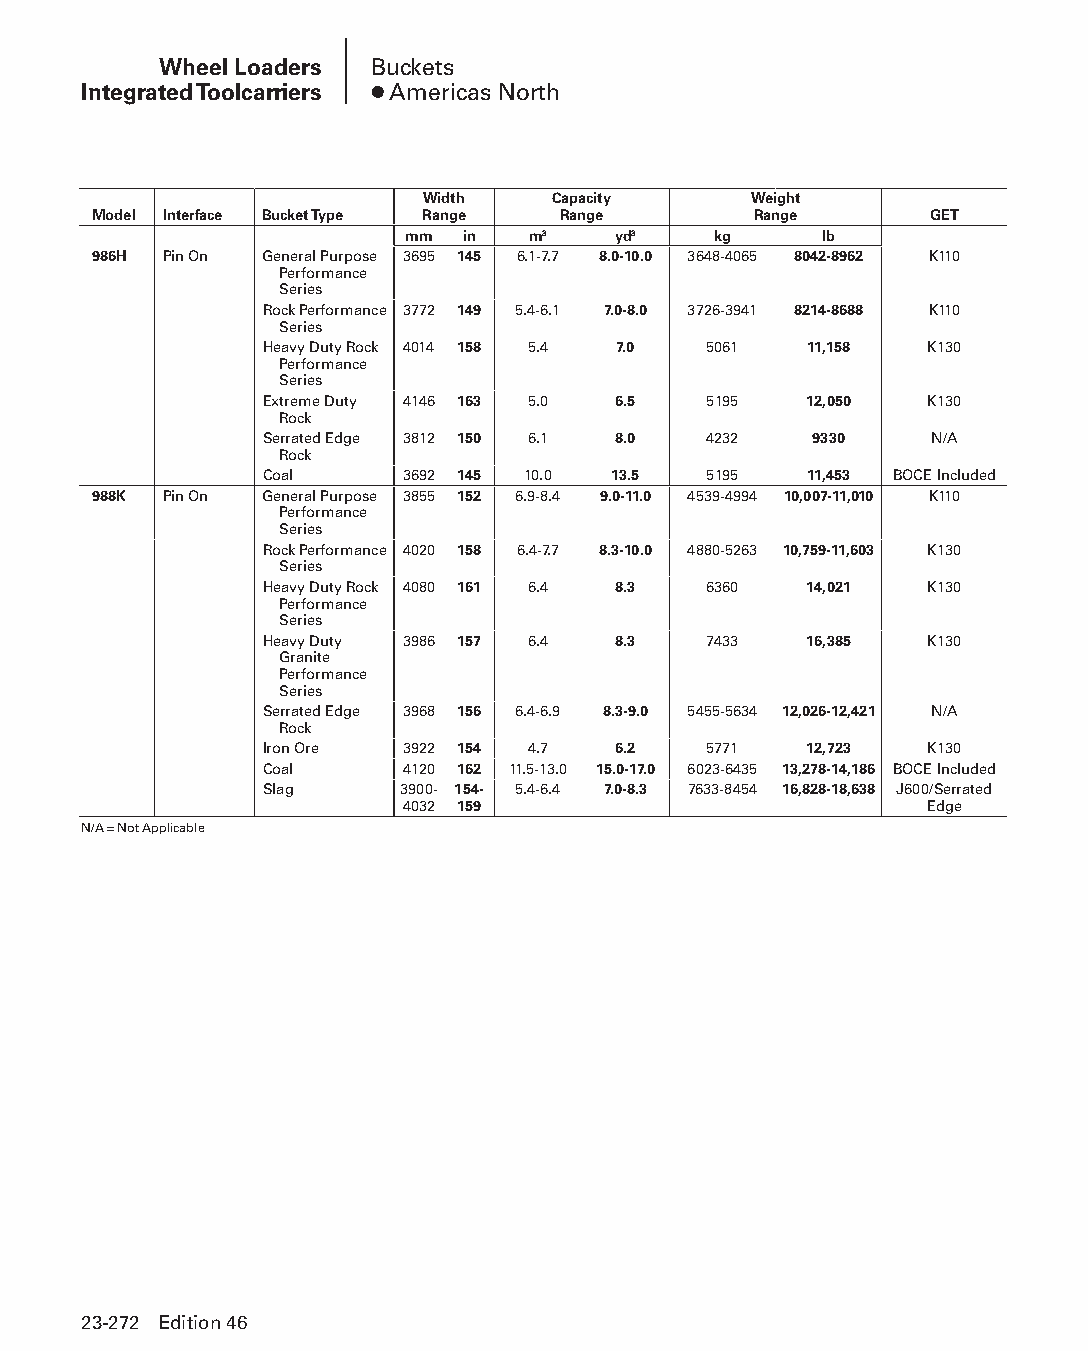
Wheel Loaders Buckets
 Integrated Toolcarriers ● Americas North
 Width    Capacity     Weight
 Model Interface Bucket Type Range Range     Range       GET
 mm  in  m3    yd3    kg     lb
 986H Pin On General Purpose 3695 145 6.1-7.7 8.0-10.0 3648-4065 8042-8962 K110
 Performance
 Series
 Rock Performance 3772 149 5.4-6.1 7.0-8.0 3726-3941 8214-8688 K110
 Series
 Heavy Duty Rock 4014 158 5.4 7.0 5061 11,158 K130
 Performance
 Series
 Extreme Duty 4146 163 5.0 6.5 5195  12,050  K130
 Rock
 Serrated Edge 3812 150 6.1 8.0 4232 9330    N/A
 Rock
 Coal     3692 145 10.0 13.5  5195   11,453 BOCE Included
 988K Pin On General Purpose 3855 152 6.9-8.4 9.0-11.0 4539-4994 10,007-11,010 K110
 Performance
 Series
 Rock Performance 4020 158 6.4-7.7 8.3-10.0 4880-5263 10,759-11,603 K130
 Series
 Heavy Duty Rock 4080 161 6.4 8.3 6360 14,021 K130
 Performance
 Series
 Heavy Duty 3986 157 6.4 8.3  7433   16,385  K130
 Granite
 Performance
 Series
 Serrated Edge 3968 156 6.4-6.9 8.3-9.0 5455-5634 12,026-12,421 N/A
 Rock
 Iron Ore 3922 154 4.7  6.2   5771   12,723  K130
 Coal     4120 162 11.5-13.0 15.0-17.0 6023-6435 13,278-14,186 BOCE Included
 Slag     3900- 154- 5.4-6.4 7.0-8.3 7633-8454 16,828-18,638 J600/Serrated
 4032 159                           Edge
 N/A = Not Applicable
 23-272 Edition 46
 PPHHBB--SSeecc2233((ppgg220077--332244))..iinndddd 227722      1122//44//1155 22::1122 PPMM